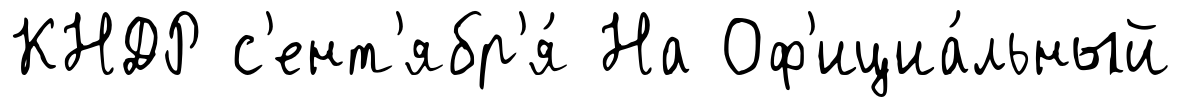
КНДР с'ент'ябр'я́ На Оф'ициа́льный